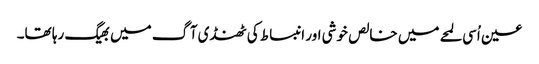
عین اُسی لمحے میں خالص خوشی اور انبساط کی ٹھنڈی آگ میں بھیگ رہا تھا۔